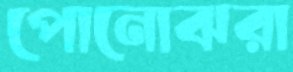
পোনোঝরা